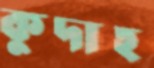
কুদাহ